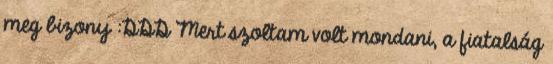
meg bizony :DDD Mert szoltam volt mondani, a fiatalság